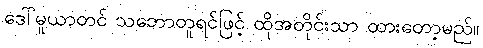
ဒေါ်မူယာတင် သဘောတူရင်ဖြင့် ထိုအတိုင်းသာ ထားတော့မည်။